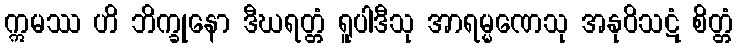
ဣမဿ ဟိ ဘိက္ခုနော ဒီဃရတ္တံ ရူပါဒီသု အာရမ္မဏေသု အနုဝိသဋံ စိတ္တံ